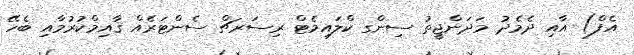
އެފް) އާއި ދެމެދު މަދަންޖީތު ސިންގ ކްލައިމެޓް ރިސަރޗް ސެންޓަރެއް ޤާއިމްކުރުމާއި ބެހޭ